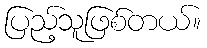
ပြည့်သူဖြစ်တယ်။